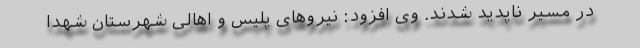
در مسیر ناپدید شدند. وی افزود: نیرو‌های پلیس و اهالی شهرستان شهدا